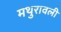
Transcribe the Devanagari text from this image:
मथुरावली